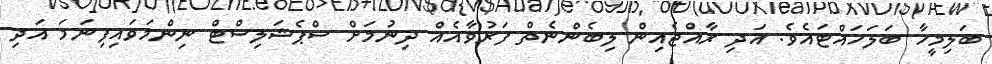
ބަލިމީހާ ބަލަހައްޓައެވެ. އަދި ރާއްޖެއިން ލިބެންނެތް ފަރުވާއެއް ދިނުމަށް ސްޕެޝަލިސްޓް ނިންމަވައިފިނަމަ އަދި